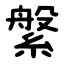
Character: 縏